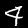
Label: 4